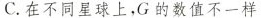
C. 在不同星球上，G 的数值不一样